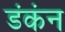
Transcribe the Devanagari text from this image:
डंकंन